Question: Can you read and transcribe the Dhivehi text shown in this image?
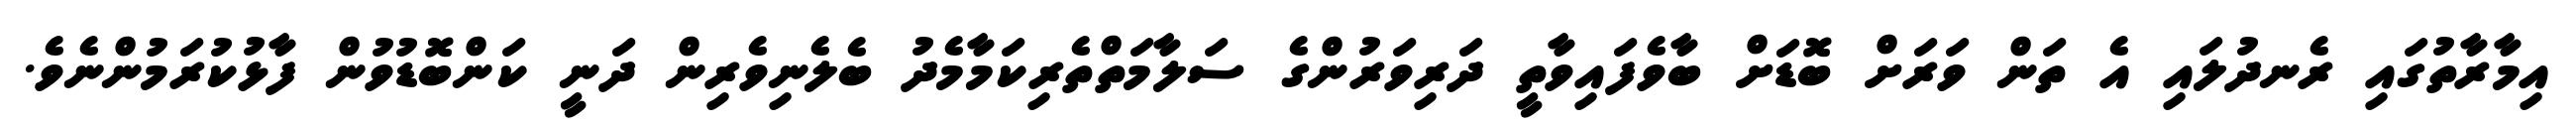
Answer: އިމާރާތުގައި ރެނދުލައި އެ ތަން ވަރަށް ބޮޑަށް ބާވެފައިވާތީ ދަރިވަރުންގެ ސަލާމަތްތެރިކަމާމެދު ބެލެނިވެރިން ދަނީ ކަންބޮޑުވުން ފާޅުކުރަމުންނެވެ.